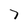
Character: 7